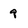
Character: 9